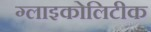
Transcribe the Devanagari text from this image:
ग्लाइकोलिटीक